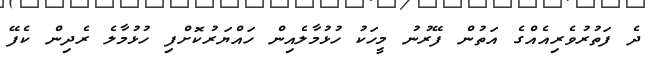
ދެ ފަތުރުވެރިއެއްގެ އަތުން ފޭރުނު މީހަކު ހުޅުމާލެއިން ހައްޔަރުކޮށްފި ހުޅުމާލެ ރެދިން ކެފޭ